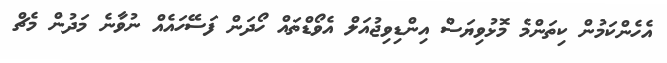
އެހެންކަމުން ކިތަންމެ މޮޅުވިޔަސް އިންޑިވިޖުއަލް އެވޯޑްތައް ހޯދަން ފަސޭހައެއް ނުވާނެ މަދުން މެޗް